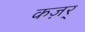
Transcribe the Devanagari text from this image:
कज़र्